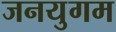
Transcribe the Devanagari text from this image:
जनयुगम